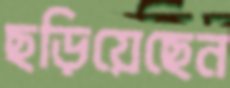
ছড়িয়েছেন